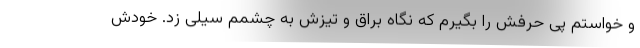
و خواستم پی حرفش را بگیرم که نگاه برّاق و تیزش به چشمم سیلی زد. خودش